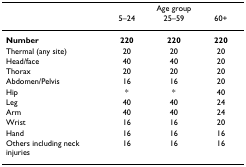
<table><thead><tr><td></td><td colspan="3"><b>Age group</b></td></tr><tr><td></td><td><b>5–24</b></td><td><b>25–59</b></td><td><b>60+</b></td></tr></thead><tbody><tr><td><b>Number</b></td><td><b>220</b></td><td><b>220</b></td><td><b>220</b></td></tr><tr><td>Thermal (any site)</td><td>20</td><td>20</td><td>20</td></tr><tr><td>Head/face</td><td>40</td><td>40</td><td>20</td></tr><tr><td>Thorax</td><td>20</td><td>20</td><td>20</td></tr><tr><td>Abdomen/Pelvis</td><td>16</td><td>16</td><td>20</td></tr><tr><td>Hip</td><td>*</td><td>*</td><td>40</td></tr><tr><td>Leg</td><td>40</td><td>40</td><td>24</td></tr><tr><td>Arm</td><td>40</td><td>40</td><td>24</td></tr><tr><td>Wrist</td><td>16</td><td>16</td><td>20</td></tr><tr><td>Hand</td><td>16</td><td>16</td><td>16</td></tr><tr><td>Others including neck injuries</td><td>16</td><td>16</td><td>16</td></tr></tbody></table>